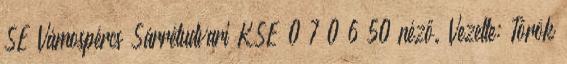
SE Vámospércs–Sárrétudvari KSE 0–7 0–6 50 néző. Vezette: Török